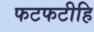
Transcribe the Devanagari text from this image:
फटफटीहि